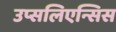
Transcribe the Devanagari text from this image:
उप्सलिएन्सिस